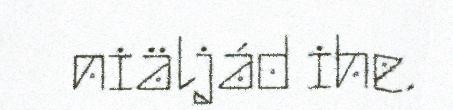
niäljád ihe.